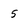
Character: 5